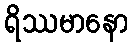
ရိဿမာနော